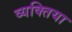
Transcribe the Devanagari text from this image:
व्यक्तिया